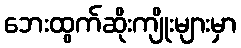
ဘေးထွက်ဆိုးကျိုးများမှာ